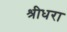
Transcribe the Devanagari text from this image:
श्रीधरा